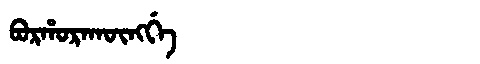
Manchu: ᠪᠣᡵᡥᠣᡵᠠᡴᡡᠩᡤᡝ
Romanization: BORHORAKŪNGGE